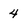
Character: 4